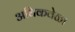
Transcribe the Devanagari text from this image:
अधिकवेळा